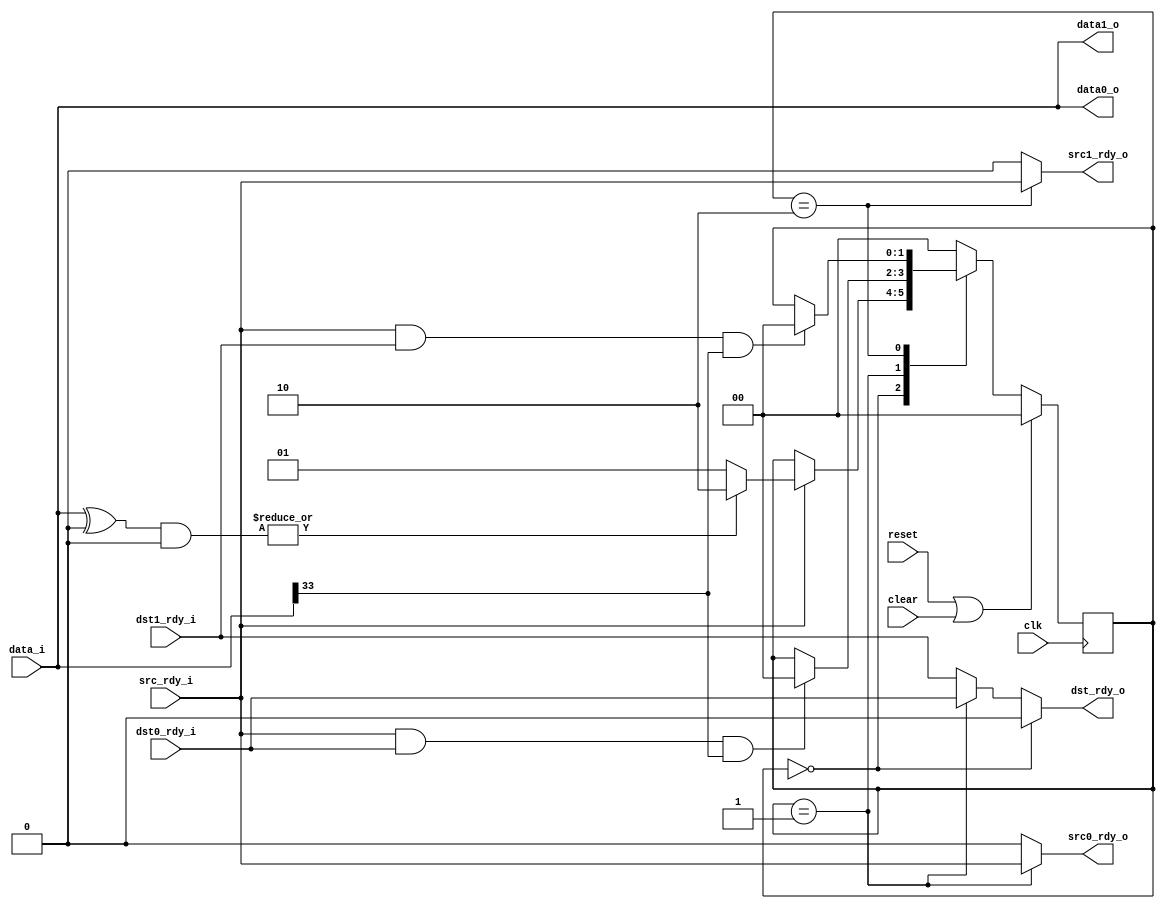
module fifo36_demux
  #(parameter match_data = 0,
    parameter match_mask = 0)
   (input clk, input reset, input clear,
    input [35:0] data_i, input src_rdy_i, output dst_rdy_o,
    output [35:0] data0_o, output src0_rdy_o, input dst0_rdy_i,
    output [35:0] data1_o, output src1_rdy_o, input dst1_rdy_i);

   localparam DMX_IDLE = 0;
   localparam DMX_DATA0 = 1;
   localparam DMX_DATA1 = 2;
   
   reg [1:0] 	  state;

   wire 	  match = |( (data_i ^ match_data) & match_mask );
   wire 	  eof = data_i[33];
   
   always @(posedge clk)
     if(reset | clear)
       state <= DMX_IDLE;
     else
       case(state)
	 DMX_IDLE :
	   if(src_rdy_i)
	     if(match)
	       state <= DMX_DATA1;
	     else
	       state <= DMX_DATA0;
	 DMX_DATA0 :
	   if(src_rdy_i & dst0_rdy_i & eof)
	     state <= DMX_IDLE;
	 DMX_DATA1 :
	   if(src_rdy_i & dst1_rdy_i & eof)
	     state <= DMX_IDLE;
	 default :
	   state <= DMX_IDLE;
       endcase // case (state)

   assign dst_rdy_o = (state==DMX_IDLE) ? 0 : (state==DMX_DATA0) ? dst0_rdy_i : dst1_rdy_i;
   assign src0_rdy_o = (state==DMX_DATA0) ? src_rdy_i : 0;
   assign src1_rdy_o = (state==DMX_DATA1) ? src_rdy_i : 0;

   assign data0_o = data_i;
   assign data1_o = data_i;
   
endmodule